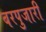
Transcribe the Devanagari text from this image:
बरपुजारी